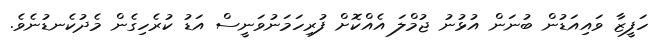
ހަފީޒާ ވައިއަޑުން ބުނަން އުޅުނު ޖުމްލަ އެއްކޮށް ފުރިހަމަނުވަނީސް އަޑު ކުރެހިގެން މެދުކެނޑުނެވެ.